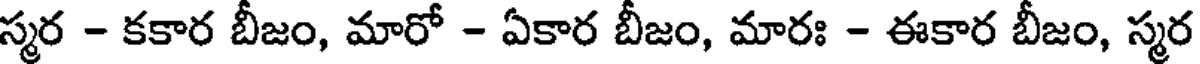
స్మర - కకార బీజం, మారో - ఏకార బీజం, మారః - ఈకార బీజం, స్మర